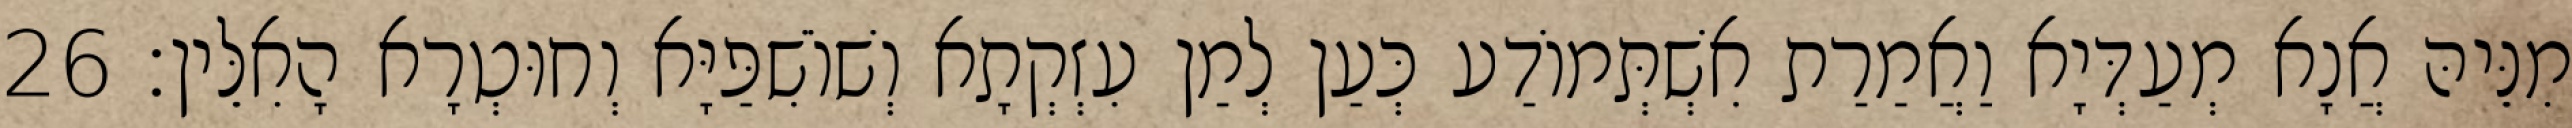
מִנֵּיהּ אֲנָא מְעַדְּיָא וַאֲמַרַת אִשְׁתְּמוֹדַע כְּעַן לְמַן עִזְקְתָא וְשׁוֹשִׁפַּיָּא וְחוּטְרָא הָאִלֵּין׃ 26